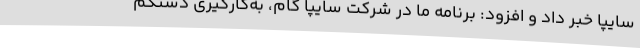
سایپا خبر داد و افزود: برنامه ما در شرکت سایپا گام، به‌کارگیری دستکم